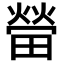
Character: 㽦